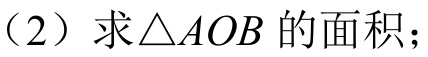
（2）求\(\triangle AOB\)的面积；